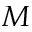
M